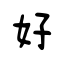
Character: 好